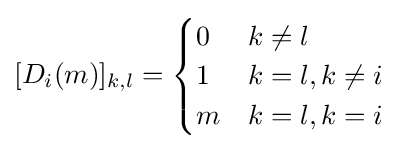
[D_{i}(m)]_{k,l}={\begin{cases}0&k\neq l\\1&k=l,k\neq i\\m&k=l,k=i\end{cases}}